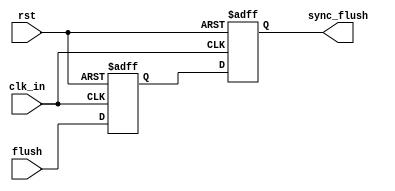
module flush_sync (input clk_in, rst, flush,
                   output reg sync_flush);
            
reg f0;

always @(posedge clk_in , negedge rst) 
begin
 if(!rst)
 begin
   f0 <= 1'b0;
   sync_flush <= 1'b0;
  end
   else
     begin
    f0 <= flush;
    sync_flush <= f0;
     end
end
endmodule